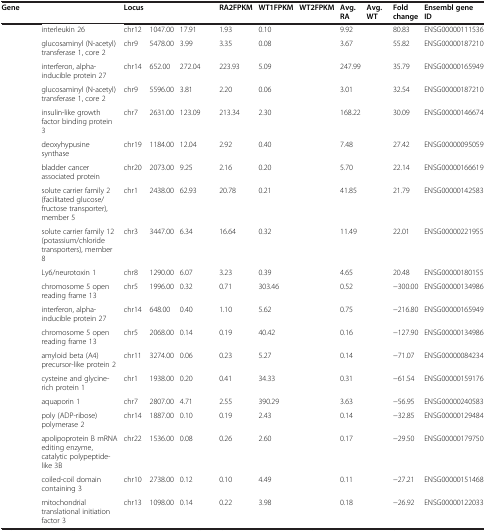
<table><thead><tr><td><b>Gene</b></td><td>[EMPTY_CELL]</td><td><b>Locus</b></td><td>[EMPTY_CELL]</td><td>[EMPTY_CELL]</td><td><b>RA2FPKM</b></td><td><b>WT1FPKM</b></td><td><b>WT2FPKM</b></td><td><b>Avg. RA</b></td><td><b>Avg. WT</b></td><td><b>Fold change</b></td><td><b>Ensembl gene ID</b></td></tr></thead><tbody><tr><td>[EMPTY_CELL]</td><td>interleukin 26</td><td>chr12</td><td>1047.00</td><td>17.91</td><td>1.93</td><td>0.10</td><td>[EMPTY_CELL]</td><td>9.92</td><td>[EMPTY_CELL]</td><td>80.83</td><td>ENSG00000111536</td></tr><tr><td>[EMPTY_CELL]</td><td>glucosaminyl (N-acetyl) transferase 1, core 2</td><td>chr9</td><td>5478.00</td><td>3.99</td><td>3.35</td><td>0.08</td><td>[EMPTY_CELL]</td><td>3.67</td><td>[EMPTY_CELL]</td><td>55.82</td><td>ENSG00000187210</td></tr><tr><td>[EMPTY_CELL]</td><td>interferon, alpha-inducible protein 27</td><td>chr14</td><td>652.00</td><td>272.04</td><td>223.93</td><td>5.09</td><td>[EMPTY_CELL]</td><td>247.99</td><td>[EMPTY_CELL]</td><td>35.79</td><td>ENSG00000165949</td></tr><tr><td>[EMPTY_CELL]</td><td>glucosaminyl (N-acetyl) transferase 1, core 2</td><td>chr9</td><td>5596.00</td><td>3.81</td><td>2.20</td><td>0.06</td><td>[EMPTY_CELL]</td><td>3.01</td><td>[EMPTY_CELL]</td><td>32.54</td><td>ENSG00000187210</td></tr><tr><td>[EMPTY_CELL]</td><td>insulin-like growth factor binding protein 3</td><td>chr7</td><td>2631.00</td><td>123.09</td><td>213.34</td><td>2.30</td><td>[EMPTY_CELL]</td><td>168.22</td><td>[EMPTY_CELL]</td><td>30.09</td><td>ENSG00000146674</td></tr><tr><td>[EMPTY_CELL]</td><td>deoxyhypusine synthase</td><td>chr19</td><td>1184.00</td><td>12.04</td><td>2.92</td><td>0.40</td><td>[EMPTY_CELL]</td><td>7.48</td><td>[EMPTY_CELL]</td><td>27.42</td><td>ENSG00000095059</td></tr><tr><td>[EMPTY_CELL]</td><td>bladder cancer associated protein</td><td>chr20</td><td>2073.00</td><td>9.25</td><td>2.16</td><td>0.20</td><td>[EMPTY_CELL]</td><td>5.70</td><td>[EMPTY_CELL]</td><td>22.14</td><td>ENSG00000166619</td></tr><tr><td>[EMPTY_CELL]</td><td>solute carrier family 2 (facilitated glucose/fructose transporter), member 5</td><td>chr1</td><td>2438.00</td><td>62.93</td><td>20.78</td><td>0.21</td><td>[EMPTY_CELL]</td><td>41.85</td><td>[EMPTY_CELL]</td><td>21.79</td><td>ENSG00000142583</td></tr><tr><td>[EMPTY_CELL]</td><td>solute carrier family 12 (potassium/chloride transporters), member 8</td><td>chr3</td><td>3447.00</td><td>6.34</td><td>16.64</td><td>0.32</td><td>[EMPTY_CELL]</td><td>11.49</td><td>[EMPTY_CELL]</td><td>22.01</td><td>ENSG00000221955</td></tr><tr><td>[EMPTY_CELL]</td><td>Ly6/neurotoxin 1</td><td>chr8</td><td>1290.00</td><td>6.07</td><td>3.23</td><td>0.39</td><td>[EMPTY_CELL]</td><td>4.65</td><td>[EMPTY_CELL]</td><td>20.48</td><td>ENSG00000180155</td></tr><tr><td>[EMPTY_CELL]</td><td>chromosome 5 open reading frame 13</td><td>chr5</td><td>1996.00</td><td>0.32</td><td>0.71</td><td>303.46</td><td>[EMPTY_CELL]</td><td>0.52</td><td>[EMPTY_CELL]</td><td>−300.00</td><td>ENSG00000134986</td></tr><tr><td>[EMPTY_CELL]</td><td>interferon, alpha-inducible protein 27</td><td>chr14</td><td>648.00</td><td>0.40</td><td>1.10</td><td>5.62</td><td>[EMPTY_CELL]</td><td>0.75</td><td>[EMPTY_CELL]</td><td>−216.80</td><td>ENSG00000165949</td></tr><tr><td>[EMPTY_CELL]</td><td>chromosome 5 open reading frame 13</td><td>chr5</td><td>2068.00</td><td>0.14</td><td>0.19</td><td>40.42</td><td>[EMPTY_CELL]</td><td>0.16</td><td>[EMPTY_CELL]</td><td>−127.90</td><td>ENSG00000134986</td></tr><tr><td>[EMPTY_CELL]</td><td>amyloid beta (A4) precursor-like protein 2</td><td>chr11</td><td>3274.00</td><td>0.06</td><td>0.23</td><td>5.27</td><td>[EMPTY_CELL]</td><td>0.14</td><td>[EMPTY_CELL]</td><td>−71.07</td><td>ENSG00000084234</td></tr><tr><td>[EMPTY_CELL]</td><td>cysteine and glycine-rich protein 1</td><td>chr1</td><td>1938.00</td><td>0.20</td><td>0.41</td><td>34.33</td><td>[EMPTY_CELL]</td><td>0.31</td><td>[EMPTY_CELL]</td><td>−61.54</td><td>ENSG00000159176</td></tr><tr><td>[EMPTY_CELL]</td><td>aquaporin 1</td><td>chr7</td><td>2807.00</td><td>4.71</td><td>2.55</td><td>390.29</td><td>[EMPTY_CELL]</td><td>3.63</td><td>[EMPTY_CELL]</td><td>−56.95</td><td>ENSG00000240583</td></tr><tr><td>[EMPTY_CELL]</td><td>poly (ADP-ribose) polymerase 2</td><td>chr14</td><td>1887.00</td><td>0.10</td><td>0.19</td><td>2.43</td><td>[EMPTY_CELL]</td><td>0.14</td><td>[EMPTY_CELL]</td><td>−32.85</td><td>ENSG00000129484</td></tr><tr><td>[EMPTY_CELL]</td><td>apolipoprotein B mRNA editing enzyme, catalytic polypeptide-like 3B</td><td>chr22</td><td>1536.00</td><td>0.08</td><td>0.26</td><td>2.60</td><td>[EMPTY_CELL]</td><td>0.17</td><td>[EMPTY_CELL]</td><td>−29.50</td><td>ENSG00000179750</td></tr><tr><td>[EMPTY_CELL]</td><td>coiled-coil domain containing 3</td><td>chr10</td><td>2738.00</td><td>0.12</td><td>0.10</td><td>4.49</td><td>[EMPTY_CELL]</td><td>0.11</td><td>[EMPTY_CELL]</td><td>−27.21</td><td>ENSG00000151468</td></tr><tr><td>[EMPTY_CELL]</td><td>mitochondrial translational initiation factor 3</td><td>chr13</td><td>1098.00</td><td>0.14</td><td>0.22</td><td>3.98</td><td>[EMPTY_CELL]</td><td>0.18</td><td>[EMPTY_CELL]</td><td>−26.92</td><td>ENSG00000122033</td></tr></tbody></table>